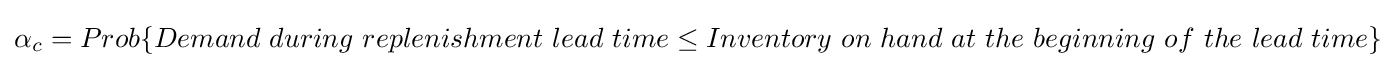
\alpha _{c}=Prob\{Demand~during~replenishment~lead~time\leq Inventory~on~hand~at~the~beginning~of~the~lead~time\}